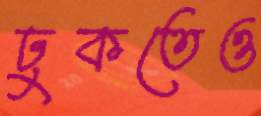
ঢুকতেও